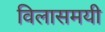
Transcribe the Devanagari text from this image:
विलासमयी